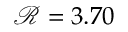
\mathcal { R } = 3 . 7 0